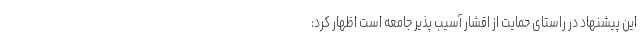
این پیشنهاد در راستای حمایت از اقشار آسیب پذیر جامعه است اظهار کرد: